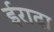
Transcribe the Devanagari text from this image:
ईरादा